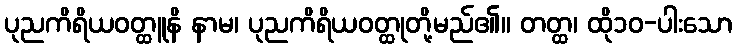
ပုညကိရိယဝတ္ထူနိ နာမ၊ ပုညကိရိယဝတ္ထုတို့မည်၏။ တတ္ထ၊ ထို၁၀-ပါးသော